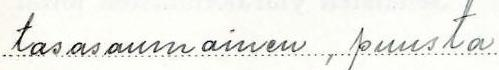
tasasaumainen, puusta